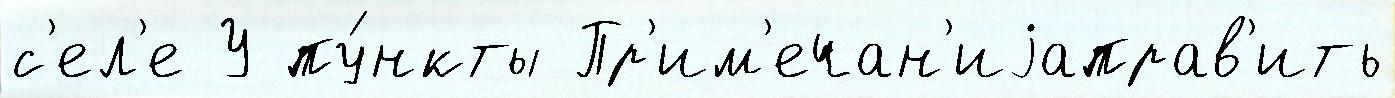
с'ел'е У пу́нкты Пр'им'ечан'иjаправ'ить